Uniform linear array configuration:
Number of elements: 64
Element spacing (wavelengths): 0.75
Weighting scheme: hann
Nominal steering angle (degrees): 15
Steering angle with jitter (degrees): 15.595
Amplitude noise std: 0.05
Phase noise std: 0.05

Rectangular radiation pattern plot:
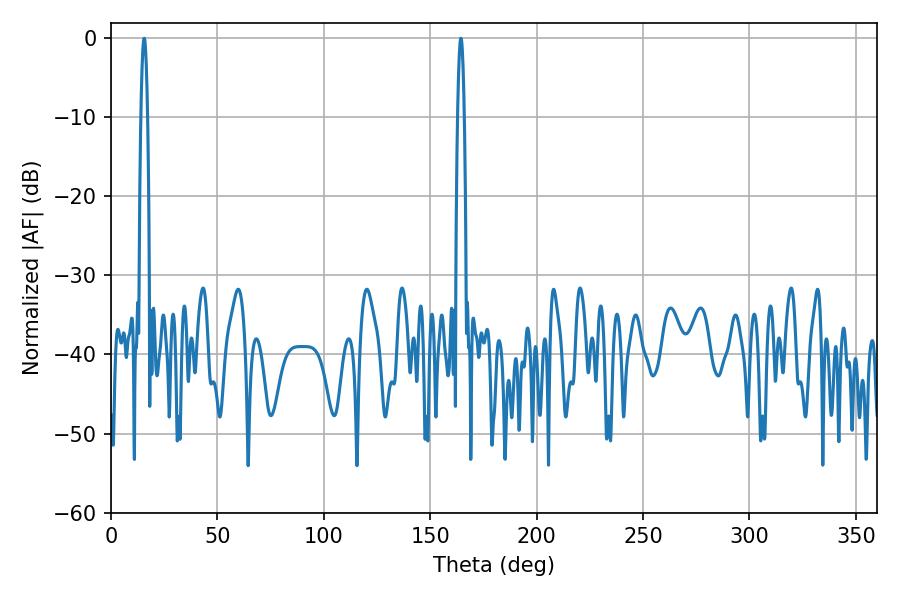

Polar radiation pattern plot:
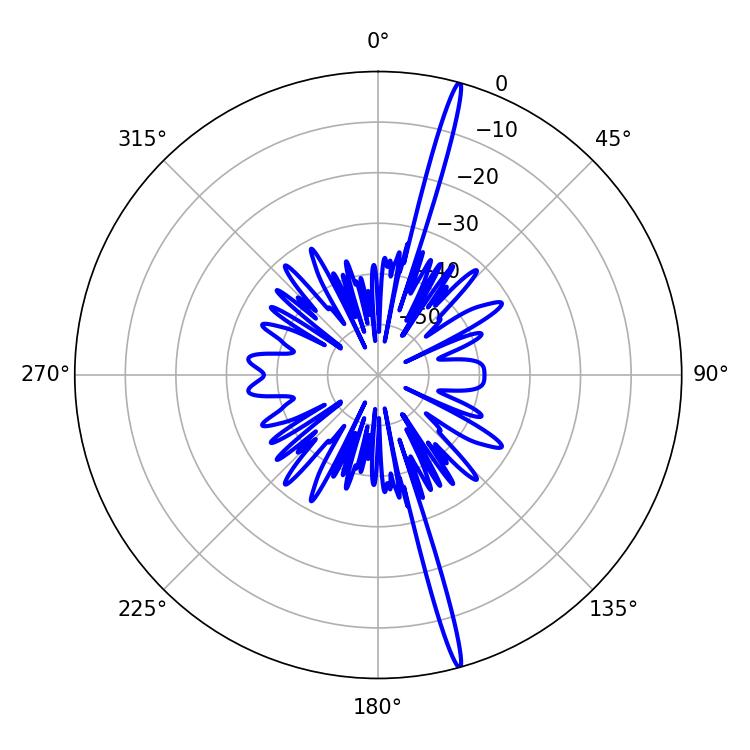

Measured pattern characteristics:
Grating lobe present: TRUE
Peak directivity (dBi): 20.487
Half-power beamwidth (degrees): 1.62
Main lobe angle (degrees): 164.34